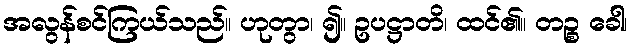
အလွန်စင်ကြယ်သည်။ ဟုတွာ၊ ၍။ ဥပဋ္ဌာတိ၊ ထင်၏။ တဉ္စ ခေါ၊